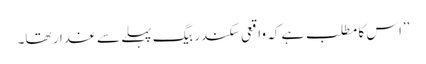
’’اس کا مطلب ہے کہ واقعی سکندر بیگ پہلے سے غدار تھا۔